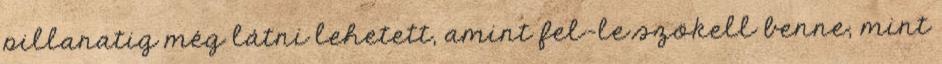
pillanatig még látni lehetett, amint fel-le szökell benne, mint